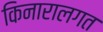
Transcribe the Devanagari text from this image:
किनारालगत